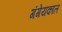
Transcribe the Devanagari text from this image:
गंगेयकाल